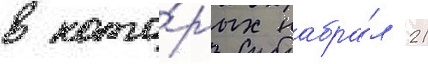
в кото́рых набра́л 21